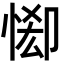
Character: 𢛠